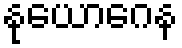
နုယောဂေန